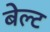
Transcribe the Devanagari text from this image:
बेल्‍ट